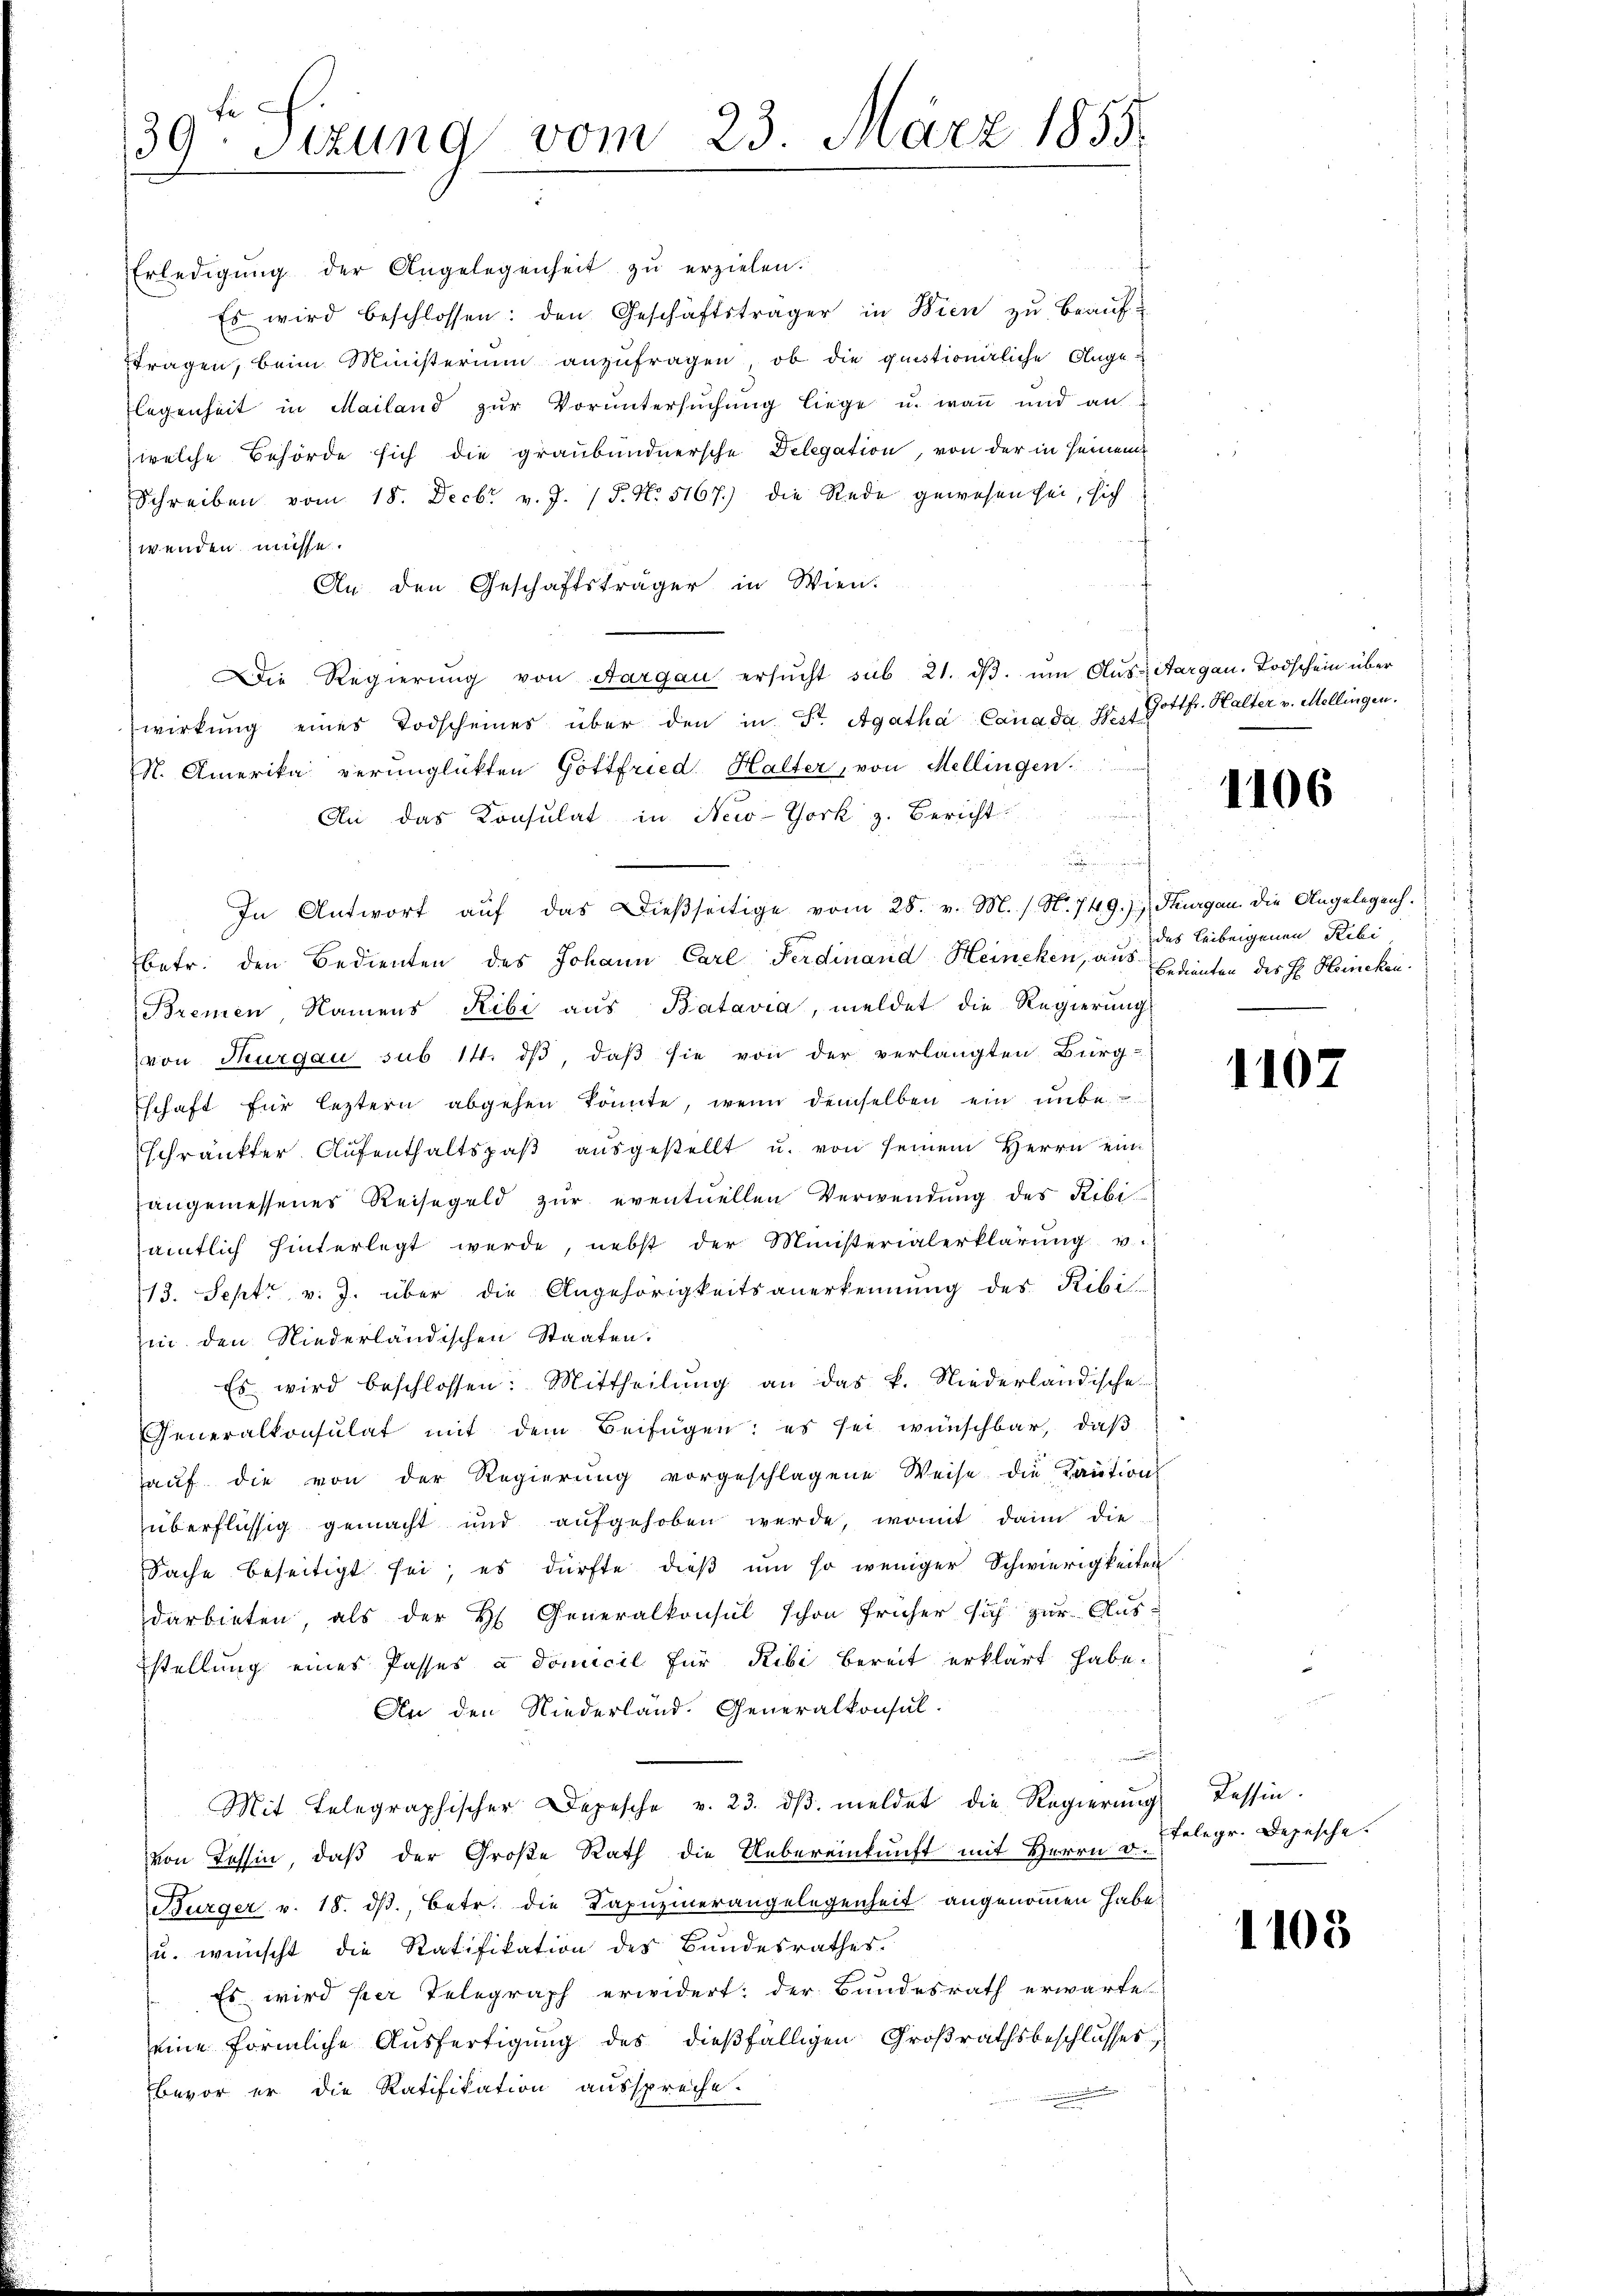
39ten Sizung vom 23. März 1855.

Erledigŭng der Angelegenheit zŭ erzielen.
Es wird beschlossen: den Geschäftsträger in Wien zŭ beaŭf-
tragen, beim Ministerium anzufragen, ob die quistionirliche Ange-
legenheit in Mailand zur Voruntersuchung liege u. wann und an
welche Behörde sich die graubündnersche Delegation, von der in seinem
Schreiben vom 18. Decbr v. J. 15. No. 5167.) die Rede gewesen sei, sich
wenden müsse.
An den Geschäftsträger in Wien.
Die Regierŭng von Aargau ersŭcht sub 21. dβ. ŭm Aŭs- Aargau. Todschein über
wirkung eines Todscheines über den in St. Agatha, Canada West
N. Amerika verunglückten Gottfried Halter, von Mellingen.
An das Konsulat in New-York z. Bericht
p

In Antwort aŭf das Dieβseitige vom 28. v. M. (N. 749.) Thurgau. Die Angelegenh
betr. den Bedienten des Johann Carl Ferdinand Heincken, aus Bedienten des H. Heincken.
Bremen, Namens Ribi aus Batavia, meldet die Regierung
von Thurgau sub 14. dβ, daβ sie von der verlangten Bürg-
Eschaft für leztern abgehen könnte, wenn demselben ein unbeschränkter Aŭfenthaltspaβ aŭsgestellt u. von seinem Herrn ein
angemessenes Reisegeld zŭr eventuellen Verwendung des Ribiamtlich hinterlegt werde, nebst der Ministerialerklärŭng u.
13. Sept. v. J. über die Angehörigkeitsanerkennung des Ribi
hin den Niederländischen Staaten.
Es wird beschlossen: Mittheilŭng an das k. Niederländische
Generalkonsulat mit dem Beifügen: es sei wünschbar, daß
auf die von der Regierung vorgeschlagene Weise die Kaution
überflüssig gemacht und aufgehoben werde, womit dann die
Sache beseitigt sei, es dürfte dieß um so weniger Schwierigkeiten
darbieten, als der H. Generalkonsul schon früher sich zur Aus¬
Estellung eines Passes u domicil für Ribi bereit erklärt habe.
An den Niederland. Generalkonsul-
Mit Telegraphischer Depesche v. 23. dβ meldet die Regierung
von Tessin, daß der Große Rath die Uebereinkunft mit Herrn D.
Bürger v. 18. ds., betr. die Kapuzinerangelegenheit angenommen habe.
u. wünscht die Ratifikation des Bundesrathes.
Es wird hier Telegraph erwidert: der Bundesrath erwarte
eine förmliche Ausfertigung des dießfälligen Großrathsbeschlusses,
bevor er die Ratifikation ausspreche.

Gottfr. Halter v. Mellingen.

1106

des Leibeigenen Ribi

1107

Tessin.
felegr. Depesche.

1105